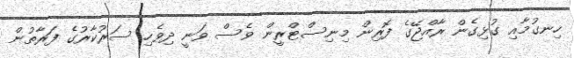
ހިނގުމާއި ގުޅިގެން ރާއްޖޭގެ ފޮރިން މިނިސްޓްރީން ވެސް ވަނީ ދިވެހި ސަރުކާރުގެ ފަރާތުން